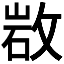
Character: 𢽡